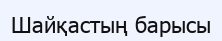
Шайқастың барысы